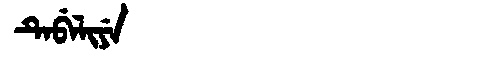
Manchu: ᡨᡝᠪᡝᠯᡳᠶᡝ
Romanization: TEBELIYE